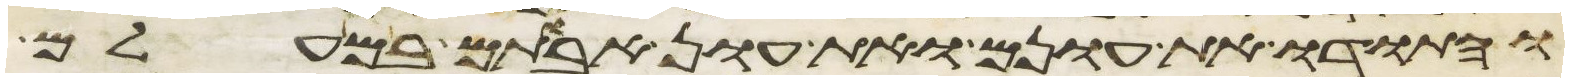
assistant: והתודו את עונם ואת עון אבותם במעלם